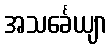
အသင်္ခေယျာ